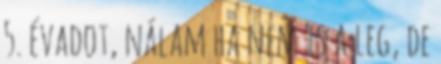
5. évadot, nálam ha nem is a leg, de